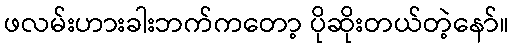
ဖလမ်းဟားခါးဘက်ကတော့ ပိုဆိုးတယ်တဲ့နော်။